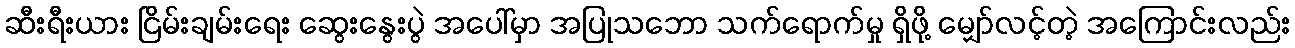
ဆီးရီးယား ငြိမ်းချမ်းရေး ဆွေးနွေးပွဲ အပေါ်မှာ အပြုသဘော သက်ရောက်မှု ရှိဖို့ မျှော်လင့်တဲ့ အကြောင်းလည်း